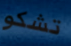
تشكو